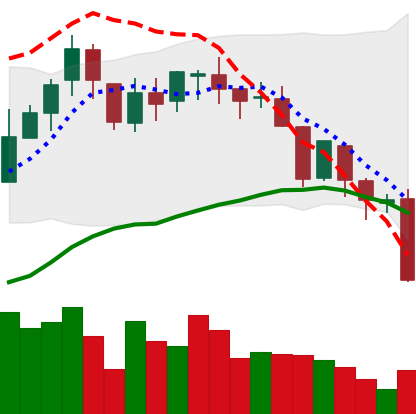
Ticker: BNB-USD
Chart end date: 2018-08-13
Forward return: -3.135%
Label: down_3_5